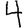
Digit: 4